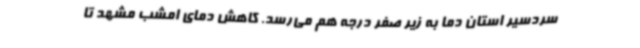
سردسیر استان دما به زیر صفر درجه هم می‌رسد. کاهش دمای امشب مشهد تا